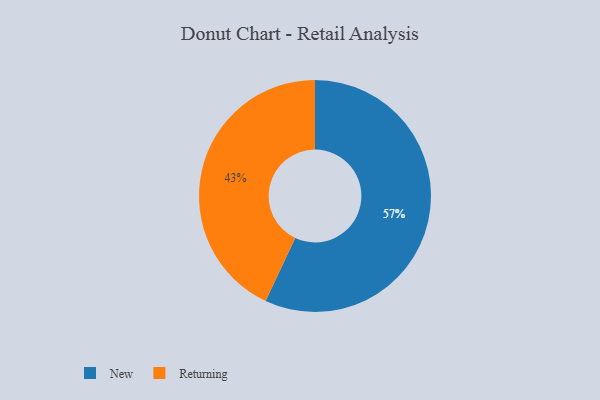
{"axis": {"x": "Category", "y": "Percentage"}, "legend": ["New", "Returning"], "data": [{"x": "Returning", "y": 43, "type": "Returning"}, {"x": "New", "y": 57, "type": "New"}]}